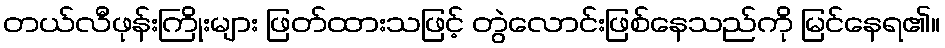
တယ်လီဖုန်းကြိုးများ ဖြတ်ထားသဖြင့် တွဲလောင်းဖြစ်နေသည်ကို မြင်နေရ၏။